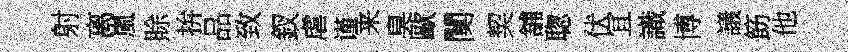
射离嵐賖拚品致釵虐谨来臭歐闃契舖聦伏冝識博議筯他